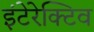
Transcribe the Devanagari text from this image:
इंटेरेक्टिव